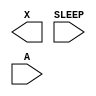
module sky130_fd_sc_hd__lpflow_isobufsrckapwr (
    X    ,
    SLEEP,
    A
);

    output X    ;
    input  SLEEP;
    input  A    ;

    // Voltage supply signals
    supply1 KAPWR;
    supply1 VPWR ;
    supply0 VGND ;
    supply1 VPB  ;
    supply0 VNB  ;

endmodule